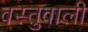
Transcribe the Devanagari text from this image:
वस्तुवाली